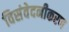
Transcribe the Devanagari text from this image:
विसंवेदनीकरण